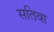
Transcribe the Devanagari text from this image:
सतिवा